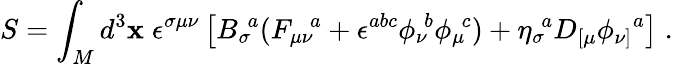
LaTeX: S=\int_{M}d^{3}\mathbf{x}\; \epsilon^{\sigma\mu\nu}\left[{B_{\sigma}}\! ^{a}({F_{\mu\nu}}\! ^{a}+\epsilon^{abc}{\phi_{\nu}}\! ^{b}{\phi_{\mu}}\! ^{c})+{\eta_{\sigma}}\! ^{a}D_{[\mu}{\phi_{\nu]}}^{a}\right]\; .